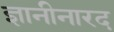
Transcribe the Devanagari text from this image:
ज्ञानीनारद